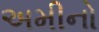
અમીનો